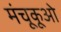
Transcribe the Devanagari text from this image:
मंचूकूओ